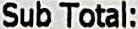
SUB TOTAL: